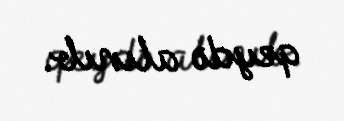
qeydə alınıb.